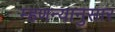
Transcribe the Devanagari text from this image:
म्हणन्यानुसार